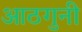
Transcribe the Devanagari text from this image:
आठगुनी